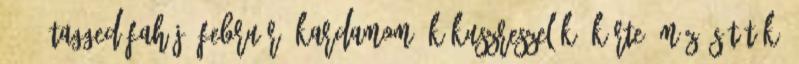
1.2.3 tagged fahéj, február, kardamom, kókuszreszelék, körte, méz, sütőtök,